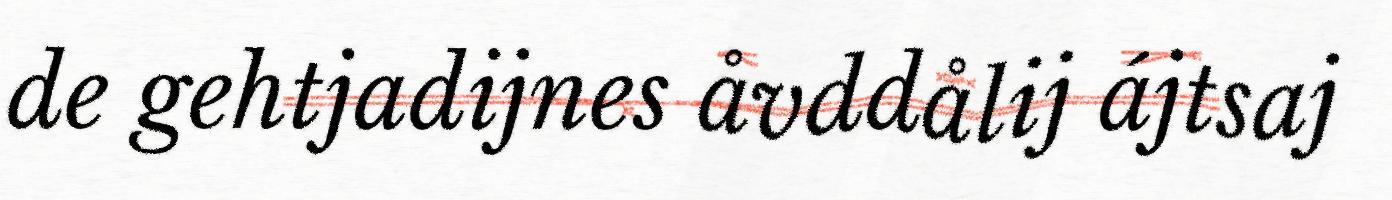
de gehtjadijnes åvddålij ájtsaj